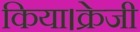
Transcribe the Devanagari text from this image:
किया।क्रेजी